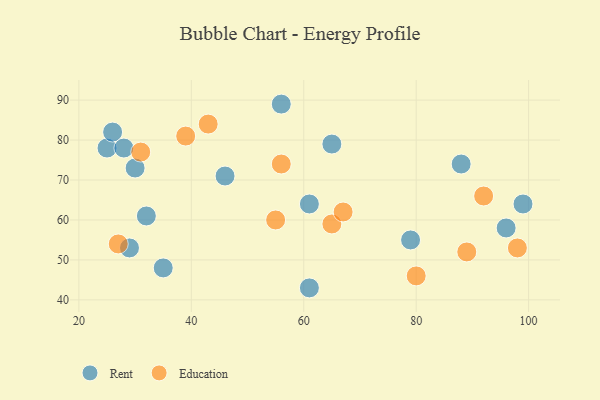
{"axis": {"x": "GDP", "y": "Life Expectancy"}, "legend": ["Education", "Rent"], "data": [{"x": "61", "y": 43, "type": "Rent"}, {"x": "96", "y": 58, "type": "Rent"}, {"x": "79", "y": 55, "type": "Rent"}, {"x": "25", "y": 78, "type": "Rent"}, {"x": "46", "y": 71, "type": "Rent"}, {"x": "61", "y": 64, "type": "Rent"}, {"x": "30", "y": 73, "type": "Rent"}, {"x": "99", "y": 64, "type": "Rent"}, {"x": "56", "y": 89, "type": "Rent"}, {"x": "88", "y": 74, "type": "Rent"}, {"x": "65", "y": 79, "type": "Rent"}, {"x": "35", "y": 48, "type": "Rent"}, {"x": "26", "y": 82, "type": "Rent"}, {"x": "28", "y": 78, "type": "Rent"}, {"x": "29", "y": 53, "type": "Rent"}, {"x": "32", "y": 61, "type": "Rent"}, {"x": "56", "y": 74, "type": "Education"}, {"x": "39", "y": 81, "type": "Education"}, {"x": "65", "y": 59, "type": "Education"}, {"x": "43", "y": 84, "type": "Education"}, {"x": "55", "y": 60, "type": "Education"}, {"x": "67", "y": 62, "type": "Education"}, {"x": "89", "y": 52, "type": "Education"}, {"x": "98", "y": 53, "type": "Education"}, {"x": "27", "y": 54, "type": "Education"}, {"x": "92", "y": 66, "type": "Education"}, {"x": "31", "y": 77, "type": "Education"}, {"x": "80", "y": 46, "type": "Education"}]}